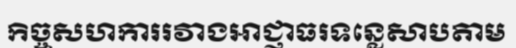
កិច្ចសហការរវាងអាជ្ញាធរទន្លេសាបតាម